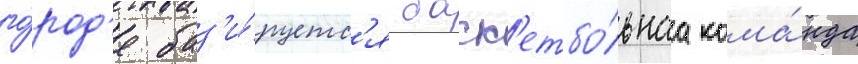
го́род'е баз'и́руетс'я баск'етбо́льнаа кома́нда